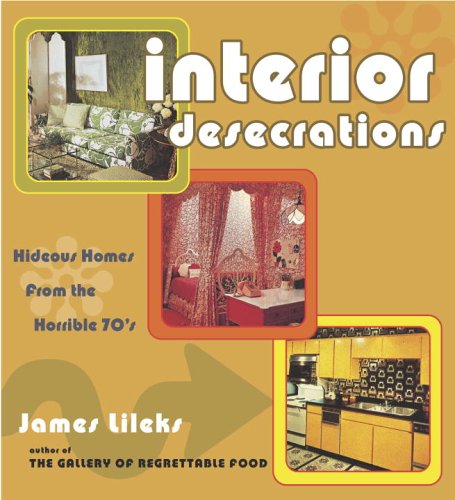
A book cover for Interior Desecrations: Hideous Homes from the Horrible '70s; James Lileks; Arts & Photography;